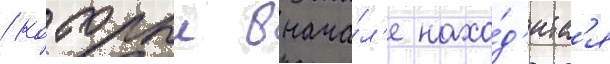
/ которыи внача́л'е нахо́д'итс'я